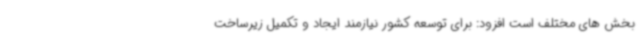
بخش های مختلف است افزود: برای توسعه کشور نیازمند ایجاد و تکمیل زیرساخت